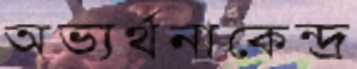
অভ্যর্থনাকেন্দ্র